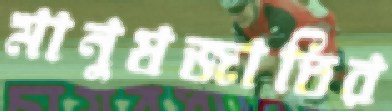
মানুষজাতির